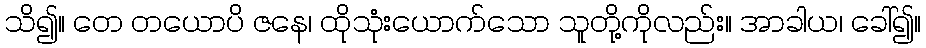
သိ၍။ တေ တယောပိ ဇနေ၊ ထိုသုံးယောက်သော သူတို့ကိုလည်း။ အာခါယ၊ ခေါ်၍။